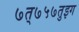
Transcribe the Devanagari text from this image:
७त्७५७तुइग